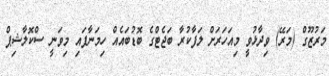
މަރުޒޫގް (މަރޭ) ވިދާޅުވީ މިއަހަރަށް ލަފާކުރާ ބަޖެޓްގެ ބޮޑުބައެއް ހިމަނާފައި މިވަނީ ސްކޮލާޝިޕް